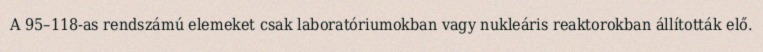
A 95–118-as rendszámú elemeket csak laboratóriumokban vagy nukleáris reaktorokban állították elő.